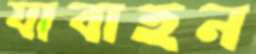
যাবাহন